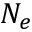
N _ { e }